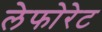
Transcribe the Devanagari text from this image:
लेफोरेट